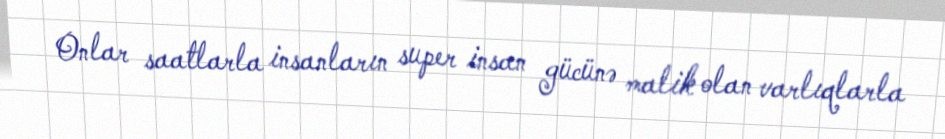
Onlar saatlarla insanların super insan gücünə malik olan varlıqlarla